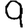
Digit: 9